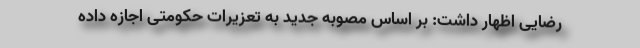
رضایی اظهار داشت: بر اساس مصوبه جدید به تعزیرات حکومتی اجازه داده